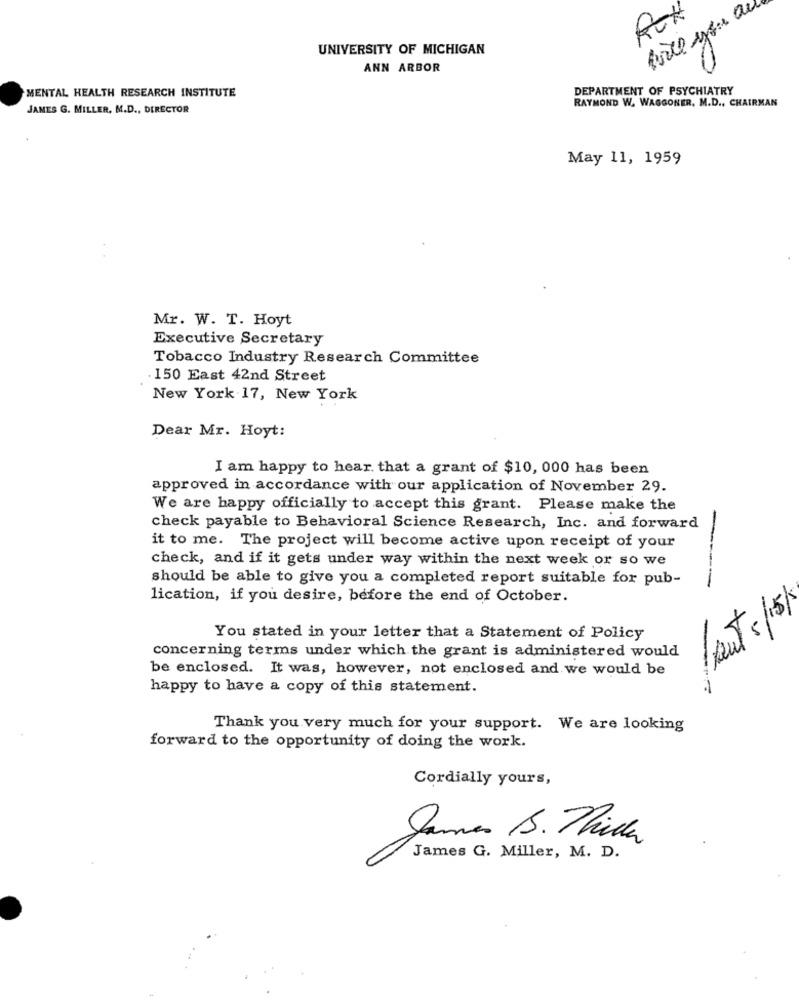
UNIVERSITY OF MICHIGAN
ANN ARBOR
MENTAL HEALTH RESEARCH INSTITUTE
DEPARTMENT OF PSYCHIATRY
RAYMOND W. WAGGONER, M.D ., CHAIRMAN
JAMES G. MILLER, M.D ., DIRECTOR
May 11, 1959
Mr. W. T. Hoyt
Executive Secretary
Tobacco Industry Research Committee
150 East 42nd Street
New York 17, New York
Dear Mr. Hoyt:
I am happy to hear that a grant of $10, 000 has been
approved in accordance with our application of November 29.
We are happy officially to accept this grant. Please make the
check payable to Behavioral Science Research, Inc. and forward
it to me. The project will become active upon receipt of your
check, and if it gets under way within the next week or so we
should be able to give you a completed report suitable for pub-
-----
lication, if you desire, before the end of October.
/
You stated in your letter that a Statement of Policy
concerning terms under which the grant is administered would
be enclosed. It was, however, not enclosed and we would be
happy to have a copy of this statement.
Thank you very much for your support. We are looking
forward to the opportunity of doing the work.
Cordially yours,
James S. Tider
James G. Miller, M. D.